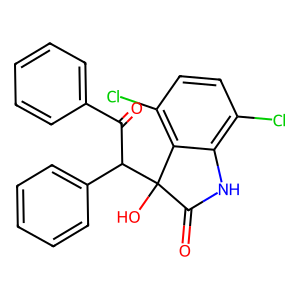
SMILES: O=C(c1ccccc1)C(c1ccccc1)C1(O)C(=O)Nc2c(Cl)ccc(Cl)c21
Inhibits HIV replication: No